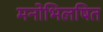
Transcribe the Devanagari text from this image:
मनोभिलषित